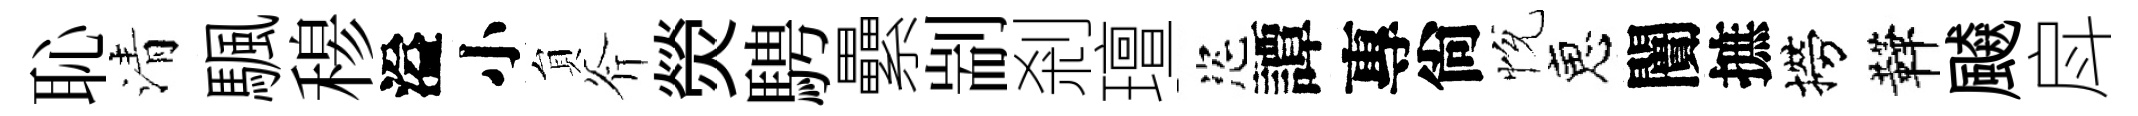
恥清颿𥠇溢小貟斧熒騁纍剬剎璮恣譚專尙恱恵闠摭撈鞾飇戽